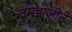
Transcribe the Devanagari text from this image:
दमडाजीने